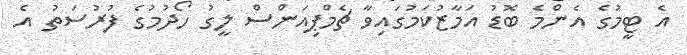
އެ ޓީމުގެ އެންމެ ބޮޑު އަމާޒުކަމުގައިވާ ޗެމްޕިއަންސް ލީގު ހޯދުމުގެ ފުރުސަތު އެ